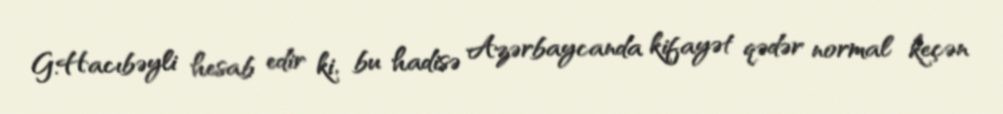
G.Hacıbəyli hesab edir ki, bu hadisə Azərbaycanda kifayət qədər normal keçən